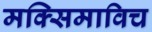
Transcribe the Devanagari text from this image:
मक्सिमाविच